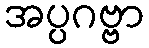
အပ္ပဂဗ္ဗာ